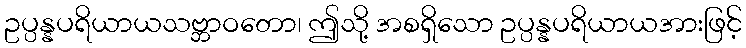
ဥပ္ပန္နပရိယာယသဗ္ဘာဝတော၊ ဤသို့ အစရှိသော ဥပ္ပန္နပရိယာယအားဖြင့်